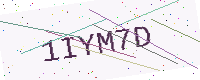
Text: 1IYM7D